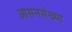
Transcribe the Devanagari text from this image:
आसनसंख्या